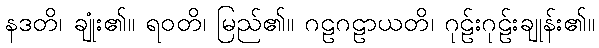
နဒတိ၊ ချုံး၏။ ရဝတိ၊ မြည်၏။ ဂဠဂဠာယတိ၊ ဂုဠ်းဂုဠ်းချုန်း၏။